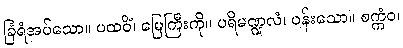
ခြံရံအပ်သော။ ပထဝိံ၊ မြေကြီးကို။ ပရိမဏ္ဍလံ၊ ဝန်းသော။ စက္ကံဝ၊